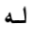
له